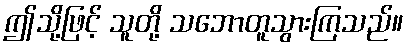
ဤသို့ဖြင့် သူတို့ သဘောတူသွားကြသည်။